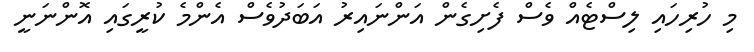
މި ހުރިހައި ލިސްޓެއް ވެސް ފެށިގެން އަންނައިރު އަބަދުވެސް އެންމެ ކުރީގައި އޮންނަނީ